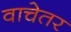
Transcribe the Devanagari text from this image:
वाचेतर